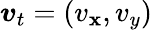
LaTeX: \boldsymbol{v}_{t}=(v_{\mathbf{x}},v_{y})